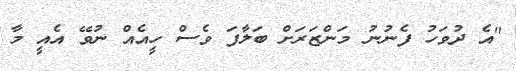
"އެ ދުވަހު ފެނުނު މަންޒަރަށް ބަލާފަ ވެސް ހީއެއް ނުވޭ އެއީ މާ